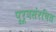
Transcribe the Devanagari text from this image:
पूर्वसंरचित